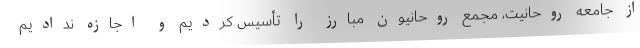
از جامعه روحانیت، مجمع روحانیون مبارز را تأسیس کردیم و اجازه ندادیم